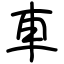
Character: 車